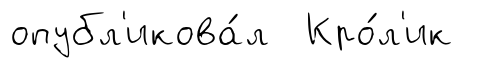
опубл'икова́л Кро́л'ик